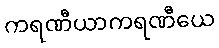
ကရဏီယာကရဏီယေ